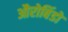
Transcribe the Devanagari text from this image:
औरोबिंडो